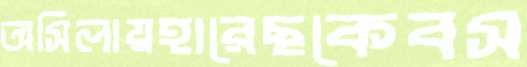
অসিলায়হারেছকেবস